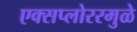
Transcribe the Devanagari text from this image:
एक्सप्लोररमुळे